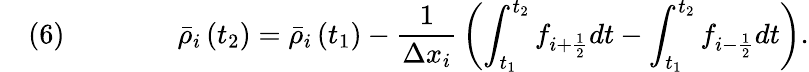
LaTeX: \quad(6)\qquad\qquad{\bar{\rho}}_{i}\left(t_{2}\right)={\bar{\rho}}_{i}\left(t_{1}\right)-{\frac{1}{\Delta x_{i}}}\left(\int_{t_{1}}^{t_{2}}f_{i+{\frac{1}{2}}}dt-\int_{t_{1}}^{t_{2}}f_{i-{\frac{1}{2}}}dt\right).